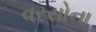
વરસોના